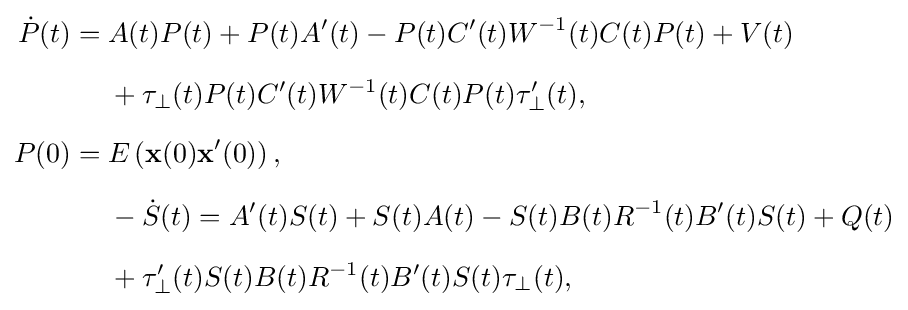
{\begin{aligned}{\dot {P}}(t)={}&A(t)P(t)+P(t)A'(t)-P(t)C'(t)W^{-1}(t)C(t)P(t)+V(t)\\[6pt]&{}+\tau _{\perp }(t)P(t)C'(t)W^{-1}(t)C(t)P(t)\tau '_{\perp }(t),\\[6pt]P(0)={}&E\left({\mathbf {x} }(0){\mathbf {x} }'(0)\right),\\[6pt]&{}-{\dot {S}}(t)=A'(t)S(t)+S(t)A(t)-S(t)B(t)R^{-1}(t)B'(t)S(t)+Q(t)\\[6pt]&{}+\tau '_{\perp }(t)S(t)B(t)R^{-1}(t)B'(t)S(t)\tau _{\perp }(t),\end{aligned}}